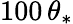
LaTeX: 100\, \theta_{*}